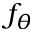
f _ { \theta }